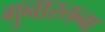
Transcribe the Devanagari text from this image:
गुनारतना